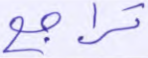
تراجع